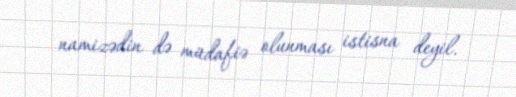
namizədin də müdafiə olunması istisna deyil.